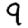
Digit: 9